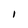
Character: I